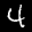
Label: 4